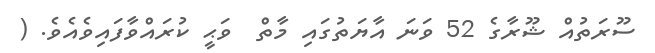
ސޫރަތުއް ޝޫރާގެ 52 ވަނަ އާޔަތުގައި މާތް  ވަޙީ ކުރައްވާފައިވެއެވެ. (